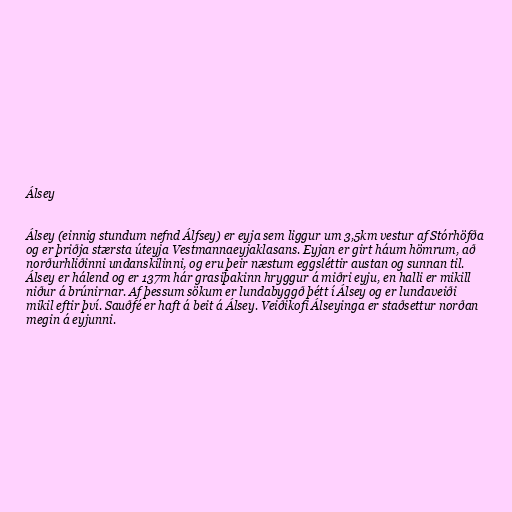
Álsey

Álsey (einnig stundum nefnd Álfsey) er eyja sem liggur um 3,5km vestur af Stórhöfða
og er þriðja stærsta úteyja Vestmannaeyjaklasans. Eyjan er girt háum hömrum, að
norðurhliðinni undanskilinni, og eru þeir næstum eggsléttir austan og sunnan til.
Álsey er hálend og er 137m hár grasiþakinn hryggur á miðri eyju, en halli er mikill
niður á brúnirnar. Af þessum sökum er lundabyggð þétt í Álsey og er lundaveiði
mikil eftir því. Sauðfé er haft á beit á Álsey. Veiðikofi Álseyinga er staðsettur norðan
megin á eyjunni.